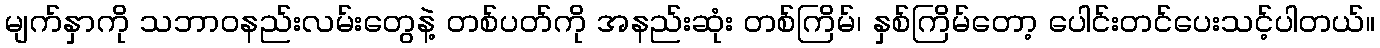
မျက်နှာကို သဘာဝနည်းလမ်းတွေနဲ့ တစ်ပတ်ကို အနည်းဆုံး တစ်ကြိမ်၊ နှစ်ကြိမ်တော့ ပေါင်းတင်ပေးသင့်ပါတယ်။